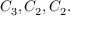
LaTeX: C _ { 3 } , C _ { 2 } , C _ { 2 } .